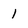
Character: 1